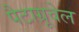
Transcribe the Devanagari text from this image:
पैटाग्रूवेल